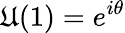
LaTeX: \mathfrak{U}(1)=e^{i\theta}